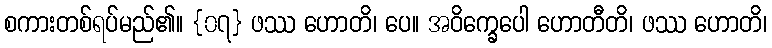
စကားတစ်ရပ်မည်၏။ {၀၇} ဖဿ ဟောတိ၊ ပေ။ အဝိက္ခေပေါ ဟောတီတိ၊ ဖဿ ဟောတိ၊